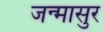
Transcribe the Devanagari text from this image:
जन्मासुर